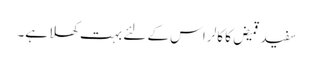
سفید قمیض کا کالر اس کے لئے بہت کھلا ہے۔